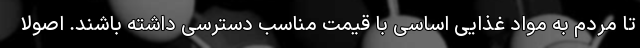
تا مردم به مواد غذایی اساسی با قیمت مناسب دسترسی داشته باشند. اصولا